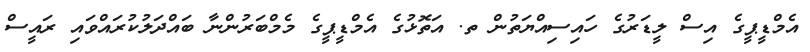
އެމްޑީޕީގެ އިސް ލީޑަރުގެ ހައިސިއްޔަތުން ތ. އަތޮޅުގެ އެމްޑީޕީގެ މެމްބަރުންނާ ބައްދަލުކުރައްވައި ރައީސް